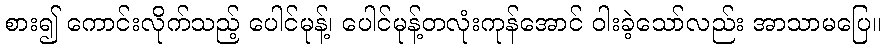
စား၍ ကောင်းလိုက်သည့် ပေါင်မုန့်၊ ပေါင်မုန့်တလုံးကုန်အောင် ဝါးခဲ့သော်လည်း အာသာမပြေ။